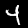
Digit: 4